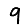
Digit: 9